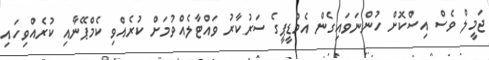
ޖަމީލް ވެސް އިސްކޮށް ހުންނަވައިގެން އެމްޑީޕީގެ ސަރުކާރު ވައްޓާލެއްވުމަށް ކުރެއްވި ކެމްޕޭނާއި ކުރެއްވިހައި